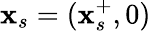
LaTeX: \mathbf{x}_{s}=(\mathbf{x}_{s}^{+},0)